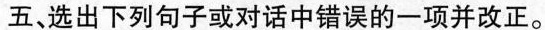
五、选出下列句子或对话中错误的一项并改正.。